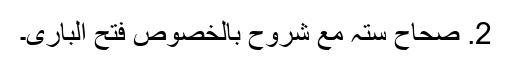
2. صحاح ستہ مع شروح بالخصوص فتح الباری۔